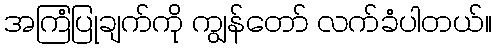
အကြံပြုချက်ကို ကျွန်တော် လက်ခံပါတယ်။